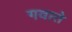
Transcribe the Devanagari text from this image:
गवाते